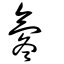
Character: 氡